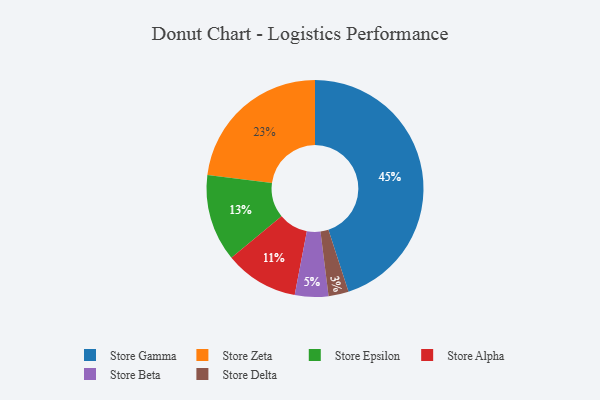
{"axis": {"x": "Category", "y": "Percentage"}, "legend": ["Store Alpha", "Store Beta", "Store Delta", "Store Epsilon", "Store Gamma", "Store Zeta"], "data": [{"x": "Store Alpha", "y": 11, "type": "Store Alpha"}, {"x": "Store Delta", "y": 3, "type": "Store Delta"}, {"x": "Store Gamma", "y": 45, "type": "Store Gamma"}, {"x": "Store Beta", "y": 5, "type": "Store Beta"}, {"x": "Store Zeta", "y": 23, "type": "Store Zeta"}, {"x": "Store Epsilon", "y": 13, "type": "Store Epsilon"}]}